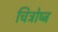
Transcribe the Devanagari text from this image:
चित्रोष्ट्र